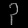
Digit: ၃